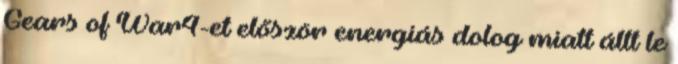
Gears of War4-et először energiás dolog miatt állt le